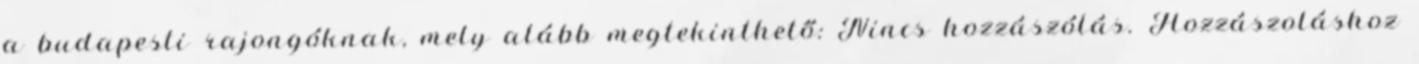
a budapesti rajongóknak, mely alább megtekinthető: Nincs hozzászólás. Hozzászoláshoz